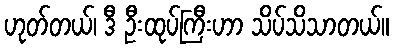
ဟုတ်တယ်၊ ဒီ ဦးထုပ်ကြီးဟာ သိပ်သိသာတယ်။